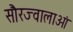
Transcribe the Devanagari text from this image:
सौरज्वालाओं